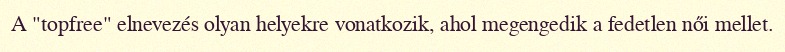
A "topfree" elnevezés olyan helyekre vonatkozik, ahol megengedik a fedetlen női mellet.